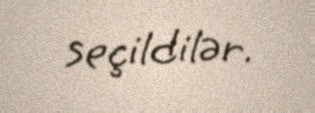
seçildilər.